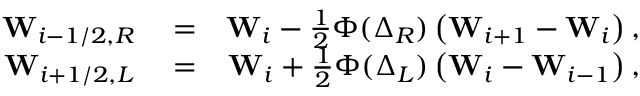
\begin{array} { r l r } { \mathbf { W } _ { i - 1 / 2 , R } } & { { } = } & { \mathbf { W } _ { i } - \frac { 1 } { 2 } \Phi ( \boldsymbol \Delta _ { R } ) \left( \mathbf { W } _ { i + 1 } - \mathbf { W } _ { i } \right) , } \\ { \mathbf { W } _ { i + 1 / 2 , L } } & { { } = } & { \mathbf { W } _ { i } + \frac { 1 } { 2 } \Phi ( \boldsymbol \Delta _ { L } ) \left( \mathbf { W } _ { i } - \mathbf { W } _ { i - 1 } \right) , } \end{array}